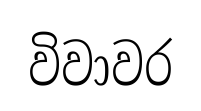
විවාවර